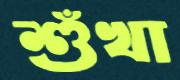
শুঁখা